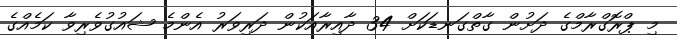
މި ޕްރޮގްރާމްގެ ދަށުން ގާތްގަނޑަކަށް 34 ދާއިރާއަކުން ދަރިވަރު އެންމެ ޝައުގުވެރިވާ ކަމެއްގެ